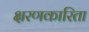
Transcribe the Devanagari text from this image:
क्षरणकारिता